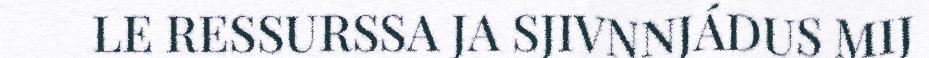
LE RESSURSSA JA SJIVNNJÁDUS MIJ